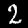
Label: 2